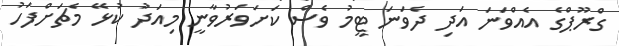
ގްރޫޕްގެ އެއްވަނަ އަދި ދެވަނަ ޓީމު ވެސް ކަށަވަރުވާނީ މިއަދު ކުޅޭ މެޗަށްފަހު